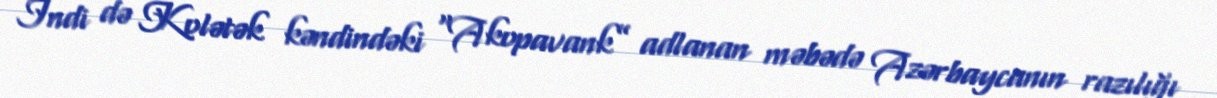
İndi də Kolətək kəndindəki “Akopavank” adlanan məbədə Azərbaycanın razılığı